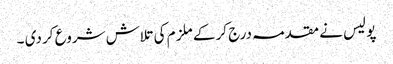
پو لیس نے مقد مہ درج کر کے ملز م کی تلاش شروع کر دی ۔